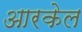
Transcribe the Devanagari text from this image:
आरकेल